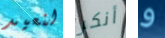
لنعيد أنكر و